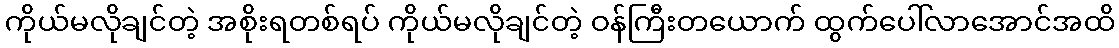
ကိုယ်မလိုချင်တဲ့ အစိုးရတစ်ရပ် ကိုယ်မလိုချင်တဲ့ ဝန်ကြီးတယောက် ထွက်ပေါ်လာအောင်အထိ